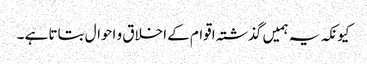
کیونکہ یہ ہمیں گذشتہ اقوام کے اخلاق و احوال بتاتا ہے ۔